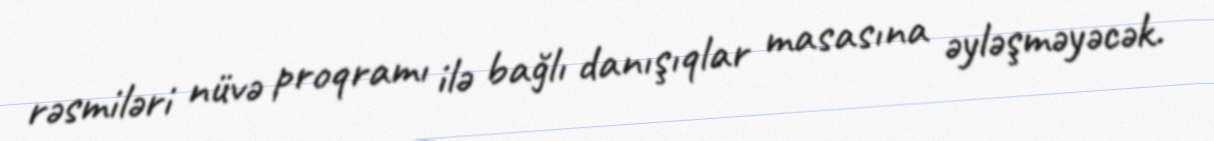
rəsmiləri nüvə proqramı ilə bağlı danışıqlar masasına əyləşməyəcək.